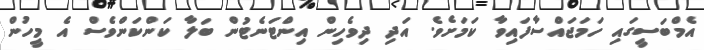
އެމްބަސީގައި ހަމަޖައްސާފައިވާ ކަމަށެވެ. އަދި ދިވެހިން އިންޓަނެޓުން ބަލާ ކަންކަންވެސް އެ މީހުން